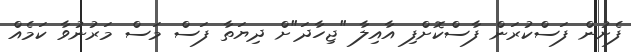
ފެށުން ފަސްކުރަން ފާސްކޮށްފި އާއިލާ "ޖިހާދަ"ށް ދިޔަތާ ފަސް މަސް މަރުނުވާ ކަމެއް